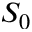
S _ { 0 }